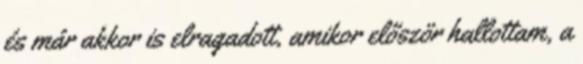
és már akkor is elragadott, amikor először hallottam, a